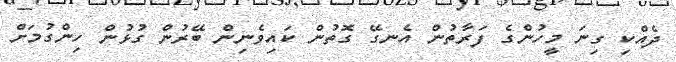
ދެއްކި ގިނަ މީހުންގެ ފަރާތުން އެނގޭ ގޮތުން ކައިވެނިން ބޭރުން ގުޅުން ހިންގުމަށް